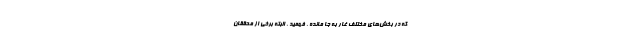
که در بخش‌های مختلف غار به جا مانده ، فهمید . البته برخی از محققان